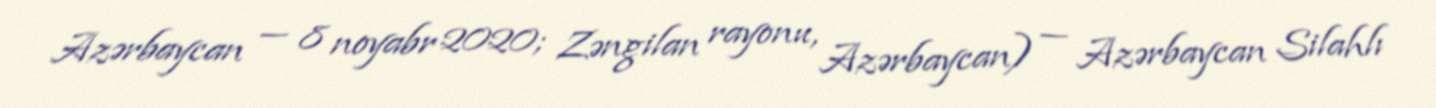
Azərbaycan — 8 noyabr 2020; Zəngilan rayonu, Azərbaycan) — Azərbaycan Silahlı